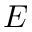
E